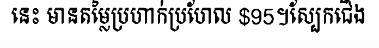
នេះ មានតម្លៃប្រហាក់ប្រហែល $95។ស្បែកជើង